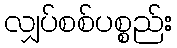
လျှပ်စစ်ပစ္စည်း